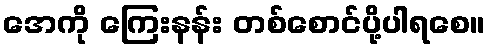
အေကို ကြေးနန်း တစ်စောင်ပို့ပါရစေ။